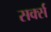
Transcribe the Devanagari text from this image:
सर्क्स